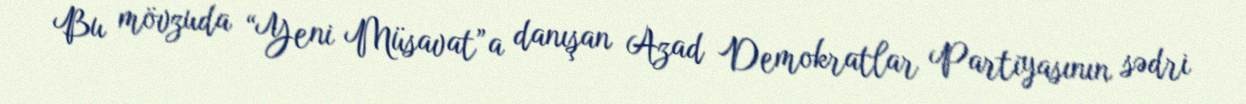
Bu mövzuda “Yeni Müsavat”a danışan Azad Demokratlar Partiyasının sədri